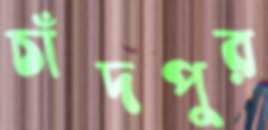
চাঁদপুর